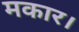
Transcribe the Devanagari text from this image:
मकार।